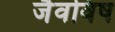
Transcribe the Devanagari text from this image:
जैवविष